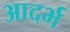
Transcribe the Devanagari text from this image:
आदर्भ